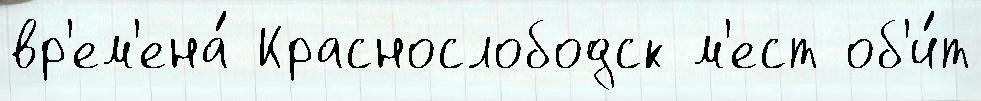
вр'ем'ена́ Краснослободск м'ест об'и́т